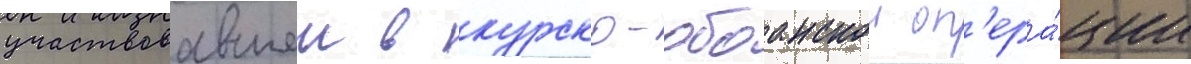
участвовавшеи в курско-обоанскои оп'ера́ции